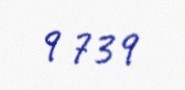
9 739